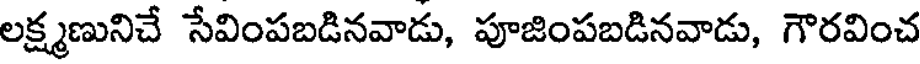
లక్ష్మణునిచే సేవింపబడినవాడు, పూజింపబడినవాడు, గౌరవించ